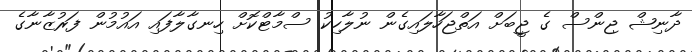
ދާނިޝް ޖިންސް ގެ ޖީބަށް އަތްޖަހާލައިގެން ނުލާހިކު ސްމާޓްކޮށް ހިނގާލާފައި އައުމުން ފަރުޒާނާގެ